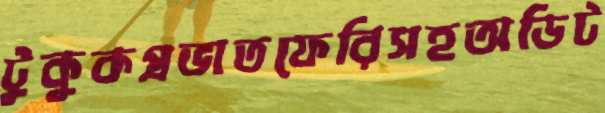
টুকুকপ্রভাতফেরিসহঅডিট